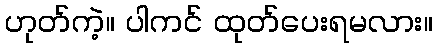
ဟုတ်ကဲ့။ ပါကင် ထုတ်ပေးရမလား။